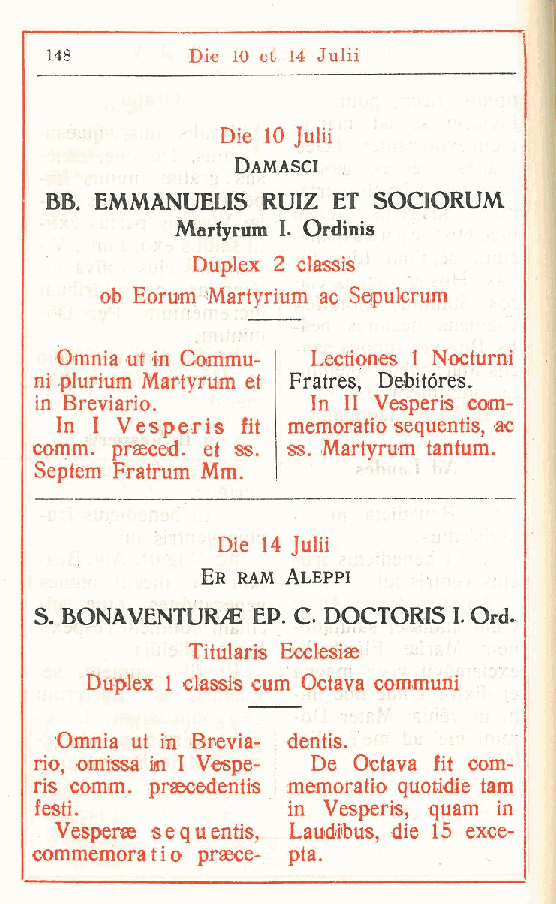
148      Di« 10 et 14 Julii
 Die 10 Julii
 Damasci
 BB. EMMANUELIS RUIZ ET SOCIORUM
 Mariyrum I. Ordinis
 Duplex 2 classis
 ob Eorum Martyrium ac Sepulcrum
 Omnia ut in Commu- Lectiones I Nocturni
 ni plurium Martyrum et Fratres, Debitores.
 in Breviaio.       In II Vesperis com-
 In I Vesperis fit memoratio sequentis, ac
 comm. prsecéd. et ss. ss. Martyrum tantum.
 Septem Fratrum Mm.
 Die 14 Julii
 ER RAM ALEPPI
 S BONAVENTURA  EP. C DOCTORIS L Ord.
 .
 Titularis Ecclesiae
 Duplex 1 classis cum Octava communi
 Omnia ut in Brevia- ; dentis.
 rio omissa ki I Vespe- ! De Octava fit com-
 ,
 ris comm. praecedentis ; memoratio quotidie tam
 festi.           in Vesperis, quam in
 Vesperae sequentis, Laudibus, die 15 exce-
 commemoratio prasce- pta.
 r